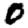
Digit: 0